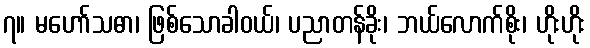
၇။ မဟော်သဓာ၊ ဖြစ်သောခါဝယ်၊ ပညာတန်ခိုး၊ ဘယ်လောက်စိုး၊ ဟိုးဟိုး